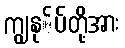
ကျွနု်ပ်တို့အား